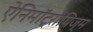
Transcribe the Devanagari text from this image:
ऐनिमॉट्रापिज्म